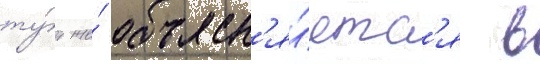
ту́т же́ объясн'я́етс'я в